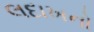
લદાખનો